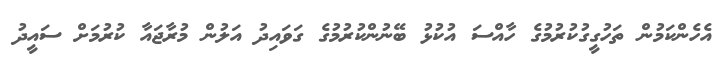
އެހެންކަމުން ތަހުގީގުކުރުމުގެ ހާއްސަ އުކުޅު ބޭނުންކުރުމުގެ ގަވައިދު އަލުން މުރާޖައާ ކުރުމަށް ސައީދު